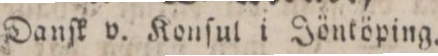
Danſk v.Konſul i Jöntöping.